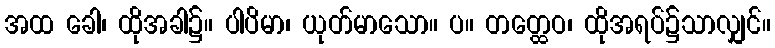
အထ ခေါ၊ ထိုအခါ၌။ ပါပိမာ၊ ယုတ်မာသော။ ပ။ တတ္ထေဝ၊ ထိုအရပ်၌သာလျှင်။